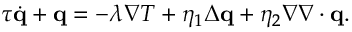
\begin{array} { r } { \tau \dot { \mathbf q } + \mathbf q = - \lambda \nabla T + \eta _ { 1 } \Delta \mathbf q + \eta _ { 2 } \nabla \nabla \cdot \mathbf q . } \end{array}